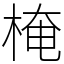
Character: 㭺